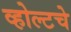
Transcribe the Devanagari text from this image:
व्होल्टचे